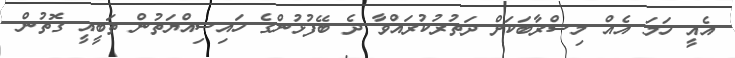
އެއީ ހަމަ އެއް މިސްރާބަކަށް ދަތުރުކުރައްވާ ދެ ބޭފުޅުންގެ ހައިސިއްޔަތުން ތަބީއީ ގޮތުން